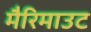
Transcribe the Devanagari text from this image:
मैरिमाउट